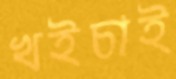
খইচাই